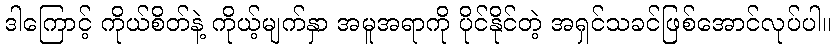
ဒါကြောင့် ကိုယ်စိတ်နဲ့ ကိုယ့်မျက်နှာ အမူအရာကို ပိုင်နိုင်တဲ့ အရှင်သခင်ဖြစ်အောင်လုပ်ပါ။